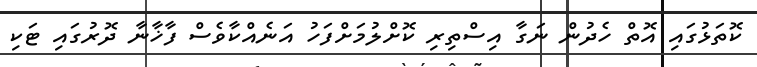
ކޮތަޅުގައި އޮތް ހެދުން ނަގާ އިސްތިރި ކޮށްލުމަށްފަހު އަނެއްކާވެސް ފާޚާނާ ދޮރުގައި ޓަކި